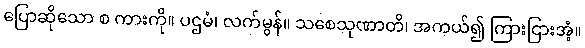
ပြောဆိုသော စ ကားကို။ ပဌမံ၊ လက်မွန်။ သစေသုဏာတိ၊ အကယ်၍ ကြားငြားအံ့။